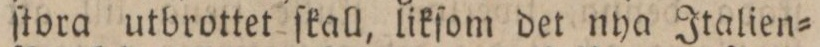
ſtora utbrottet ſkall, likſom det nya Italien=